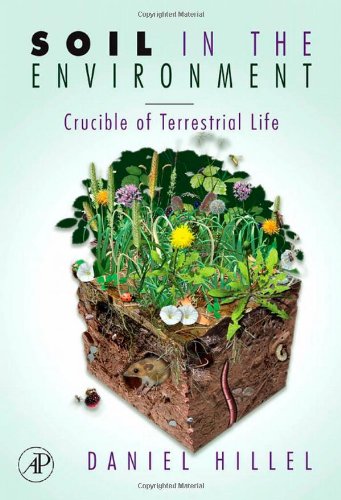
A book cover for Soil in the Environment: Crucible of Terrestrial Life; Daniel Hillel; Science & Math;